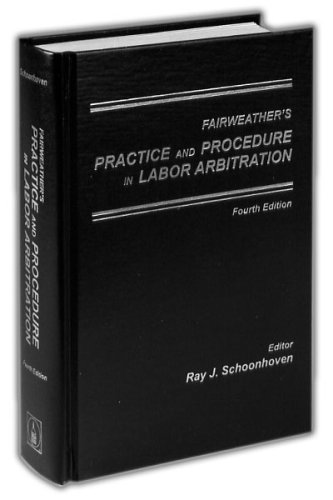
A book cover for Fairweather's Practice and Procedure in Labor Arbitration; Law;